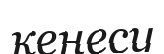
кеңесу